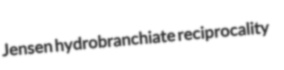
Jensen hydrobranchiate reciprocality